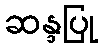
ဆန္ဒပြု